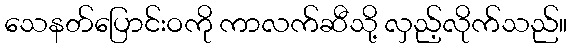
သေနတ်ပြောင်းဝကို ကာလက်ဆီသို့ လှည့်လိုက်သည်။